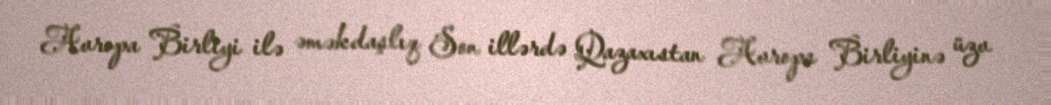
Avropa Birliyi ilə əməkdaşlıq Son illərdə Qazaxıstan Avropa Birliyinə üzv